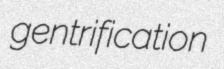
gentrification